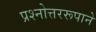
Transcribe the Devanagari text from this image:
प्रश्नोत्तररूपाने